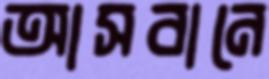
আসবানে